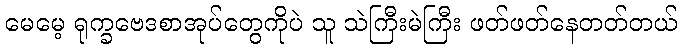
မေမေ့ ရုက္ခဗေဒစာအုပ်တွေကိုပဲ သူ သဲကြီးမဲကြီး ဖတ်ဖတ်နေတတ်တယ်